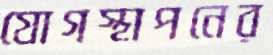
যোগস্থাপনের